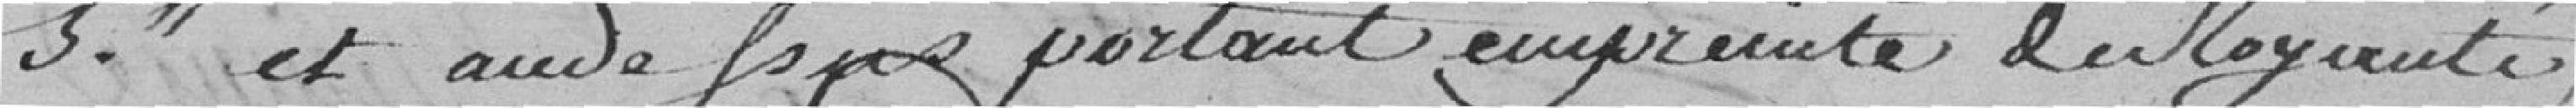
et aura force portant empreinte de la Royauté.